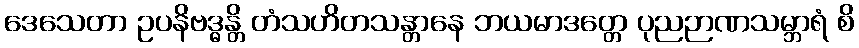
ဒေသေတာ ဥပနိဗဒ္ဓန္တိ တံသဟိတသန္တာနေ ဘယမာဒတ္တေ ပုညဉာဏသမ္ဘာရံ စိ